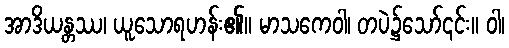
အာဒိယန္တဿ၊ ယူသောရဟန်း၏။ မာသကေဝါ၊ တပဲ၌သော်၎င်း။ ဝါ၊